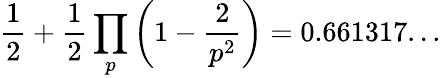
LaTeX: {\frac{1}{2}}+{\frac{1}{2}}\prod_{p}\left(1-{\frac{2}{p^{2}}}\right)=0.661317...